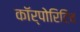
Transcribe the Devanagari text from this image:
कॉर्पोरिटिव